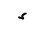
Letter: _hamza